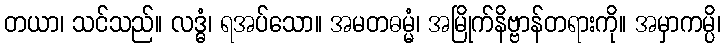
တယာ၊ သင်သည်။ လဒ္ဓံ၊ ရအပ်သော။ အမတဓမ္မံ၊ အမြိုက်နိဗ္ဗာန်တရားကို။ အမှာကမ္ပိ၊